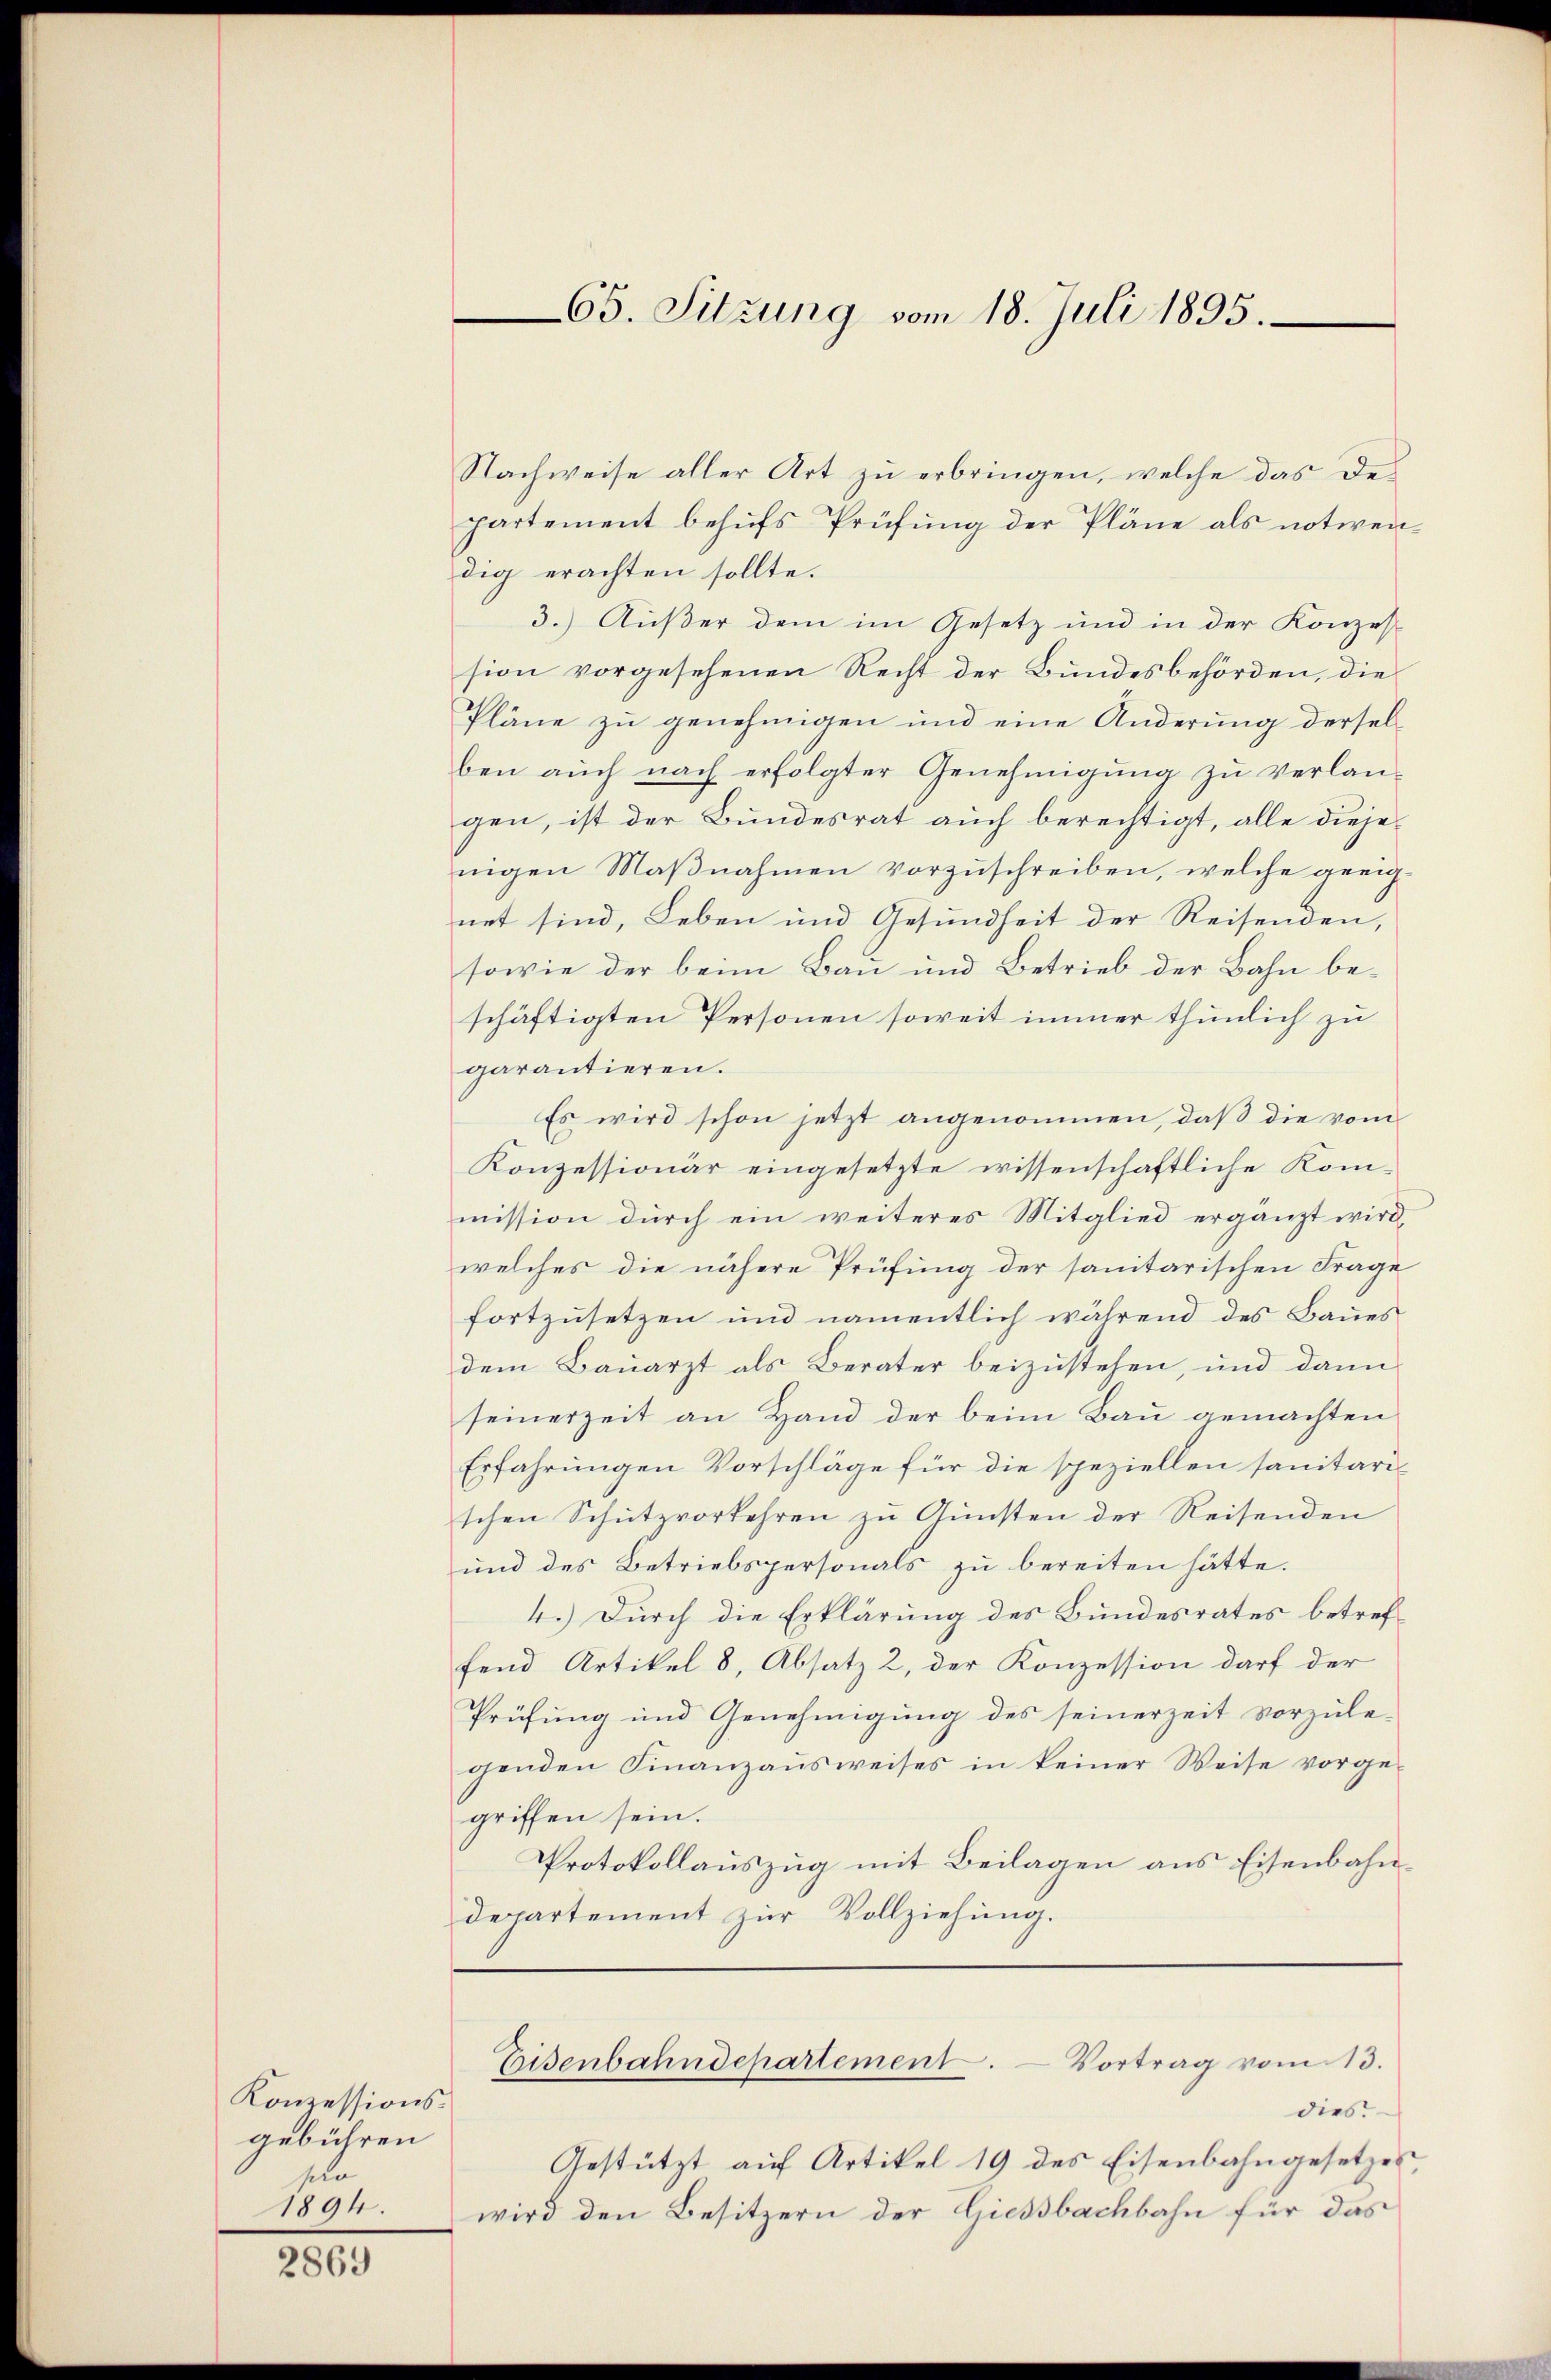
Konzessionsgebühren
se
1894.

2869

65. Sitzung vom 18. Juli 1895.

Nachweise aller Art zu erbringen, welche das des
partement behŭfs Prüfŭng der Pläne als notwen-
dig erachten sollte.
3.) Außer dem im Gesetz und in der Konzes
sion vorgesehenen Recht der Bundesbehörden, die
Pläne zu genehmigen und eine Änderung derselben auch nach erfolgter Genehmigung zu verlangen, ist der Bundesrat auch berechtigt, alle diejenigen Maßnahmen vorzuschreiben, welche geeignet sind, Leben und Gesundheit der Reisenden,
sowie der beim Bau und Betrieb der Bahn beschäftigten Personen soweit immer thunlich zu
garantieren.
Es wird schon jetzt angenommen, daß die vom
Konzessionär eingesetzte wissenschaftliche Kommission durch ein weiteres Mitglied ergänzt wird,
welches die nähere Prüfung der sanitarischen Frage
fortzusetzen und namentlich während des Baues
dem Bauarzt als Berater beizustehen, und dann
seinerzeit an Hand der beim Bau gemachten
Erfahrungen Vorschläge für die speziellen sanitarischen Schutzvorkehren zu Gunsten der Reisenden
und des Betriebspersonals zu bereiten hätte.
4.) Durch die Erklärung des Bundesrates betreffend Artikel 8, Absatz 2, der Konzession darf der
Prüfung und Genehmigung des seinerzeit vorzule-
genden Finanzausweises in keiner Weise vorgegriffen sein.
Protokollauszug mit Beilagen aus Eisenbahndepartement zur Vollziehung.
Eisenbahndepartement. Vortrag vom 13.
dies
Gestützt auf Artikel 19 des Eisenbahngesetzes,
wird den Besitzern der Giessbachbahn für das